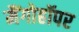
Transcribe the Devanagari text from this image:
मैंगोहॉपर